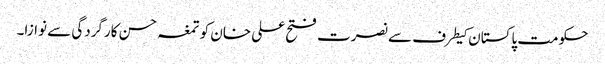
حکومت پاکستان کیطرف سے نصرت فتح علی خان کو تمغہ حسن کارگردگی سے نوازا۔